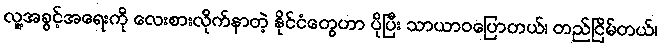
လူ့အခွင့်အရေးကို လေးစားလိုက်နာတဲ့ နိုင်ငံတွေဟာ ပိုပြီး သာယာဝပြောတယ်၊ တည်ငြိမ်တယ်၊